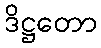
ဒိဋ္ဌတော